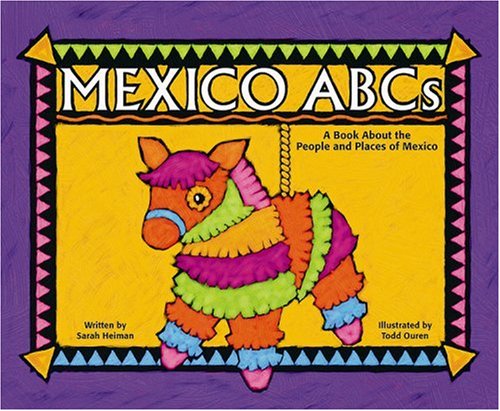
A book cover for Mexico ABCs: A Book About the People and Places of Mexico (Country ABCs); Sarah Heiman; Children's Books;